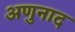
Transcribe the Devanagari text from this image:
अणुनाद